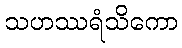
သဟဿရံသိကော